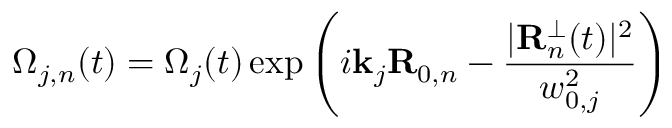
\Omega _ { j , n } ( t ) = \Omega _ { j } ( t ) \exp \left( i \mathbf { k } _ { j } \mathbf { R } _ { 0 , n } - \frac { \vert \mathbf { R } _ { n } ^ { \perp } ( t ) \vert ^ { 2 } } { w _ { 0 , j } ^ { 2 } } \right)